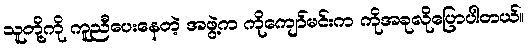
သူတို့ကို ကူညီပေးနေတဲ့ အဖွဲ့က ကိုကျော်မင်းက ကိုအခုလိုပြောပါတယ်။